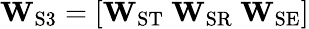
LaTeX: \mathbf{W}_{\mathrm{S3}}=[\mathbf{W}_{\mathrm{ST}}\ \mathbf{W}_{\mathrm{SR}}\ \mathbf{W}_{\mathrm{SE}}]